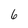
Character: 6